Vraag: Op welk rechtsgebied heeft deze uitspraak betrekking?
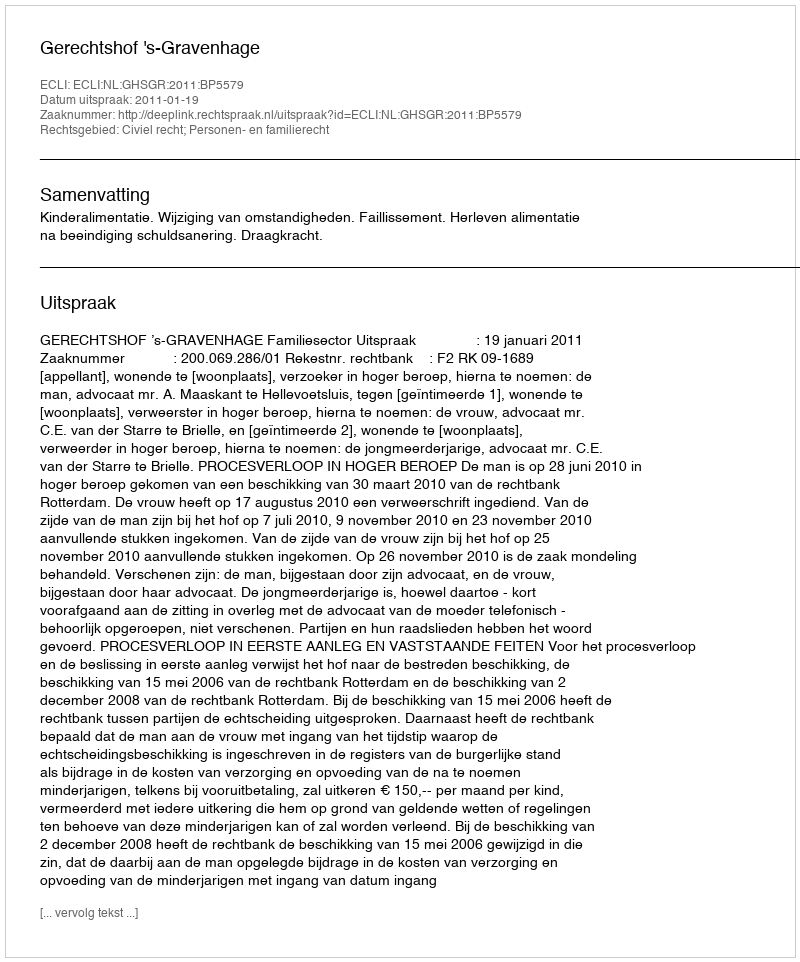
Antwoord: Civiel recht; Personen- en familierecht